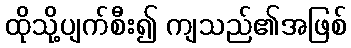
ထိုသို့ပျက်စီး၍ ကျသည်၏အဖြစ်